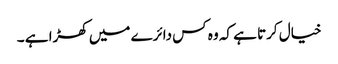
خیال کرتا ہے کہ وہ کس دائرے میں کھڑا ہے ۔